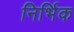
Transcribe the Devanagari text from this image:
निर्भिक